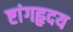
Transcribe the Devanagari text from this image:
ष्टांगहृदय